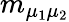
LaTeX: m_{\mu_{1}\mu_{2}}